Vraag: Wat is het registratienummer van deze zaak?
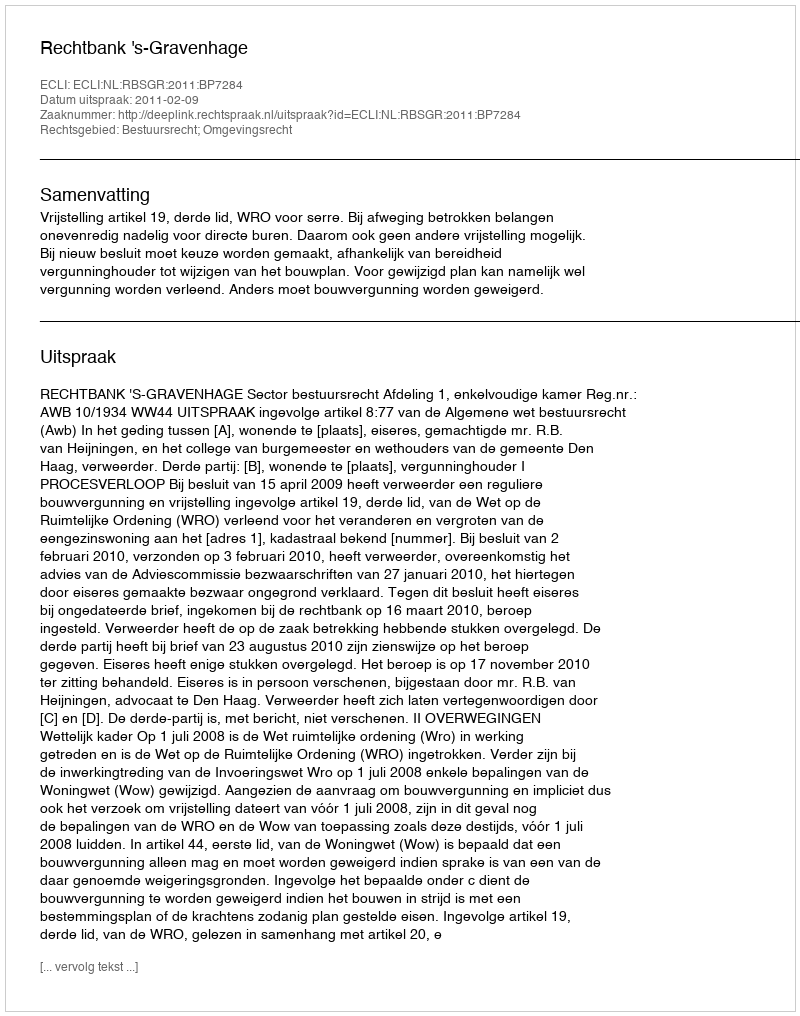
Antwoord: http://deeplink.rechtspraak.nl/uitspraak?id=ECLI:NL:RBSGR:2011:BP7284